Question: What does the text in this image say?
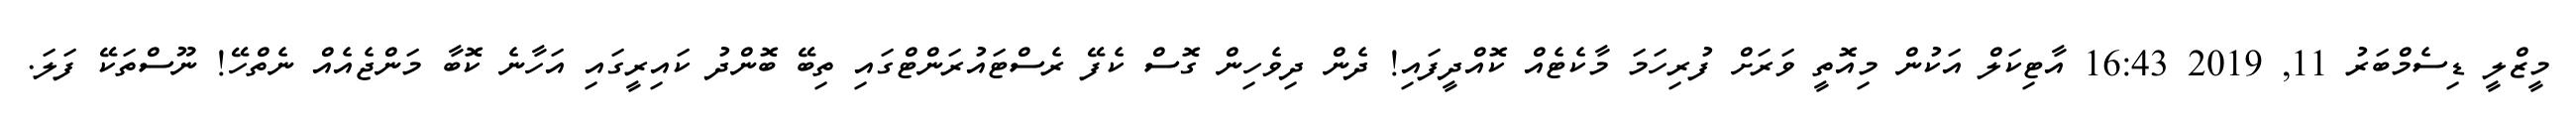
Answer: މީޒްލީ ޑިސެމްބަރު 11, 2019 16:43 އާޓިކަލް އަކުން މިއޮތީ ވަރަށް ފުރިހަމަ މާކެޓެއް ކޮއްދީފައި! ދެން ދިވެހިން ގޮސް ކެފޭ ރެސްޓައުރަންޓްގައި ތިބޭ ބޮންދު ކައިރީގައި އަހާނެ ކޮބާ މަންޖެއެއް ނެތްހޭ! ނޫސްތަކޭ ފަލަ.